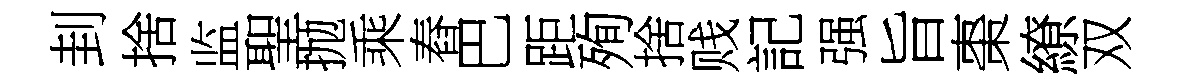
刲捨监聖抛乘舂巴距殉捨贱記强旨棗繚双